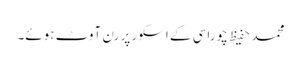
محمد حفیظ چوراسی کے اسکور پر رن آوٹ ہوئے۔